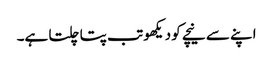
اپنے سے نیچے کو دیکھو تب پتا چلتا ہے۔